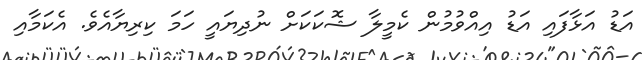
އަޑު އަޅާފައި އަޑު އިއްވުމުން ކެމީލާ ޝޮކަކަށް ނުދިޔައީ ހަމަ ކިރިޔާއެވެ. އެކަމާއި